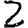
Digit: 2